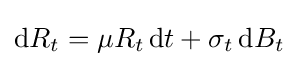
\mathrm {d} R_{t}=\mu R_{t}\,\mathrm {d} t+\sigma _{t}\,\mathrm {d} B_{t}